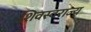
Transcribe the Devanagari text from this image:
शिवस्वराज्य